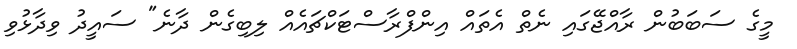
މީގެ ސަބަބުން ރާއްޖޭގައި ނެތް އެތައް އިންފްރާސްޓަކްޗައެއް ލިބިގެން ދާނެ" ސައީދު ވިދާޅުވި